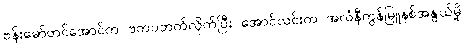
ဗန်းမော်တင်အောင်က ဗကပဘက်လိုက်ပြီး အောင်လင်းက အလံနီကွန်မြူနစ်အနွယ်မို့